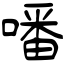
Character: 噃